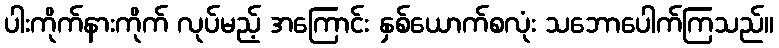
ပါးကိုက်နားကိုက် လုပ်မည့် အကြောင်း နှစ်ယောက်စလုံး သဘောပေါက်ကြသည်။